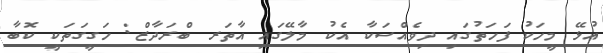
އުޅޭ މީހަކު ފަހަތުގައި ދިވެއްސަކާ އެކު މާލޭގައި އާތަރ ބްރަދާޒް: ހަގީގަތަކީ ކޮބާ